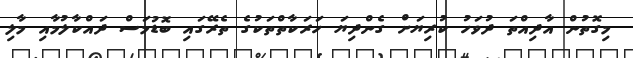
މިގޮތުން އާދިއްތަ ދުވަހު ކުރިޔަށް ގެންދިޔަ ހަރަކާތްތަކުގެ ތެރޭގައި ބޮޑުމަސް ދައްކާލުމާއި މާލި